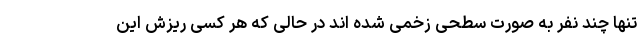
تنها چند نفر به صورت سطحی زخمی شده اند در حالی که هر کسی ریزش این